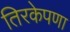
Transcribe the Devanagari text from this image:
तिरकेपणा